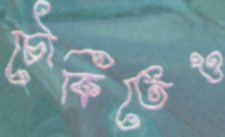
চৌকিতেও